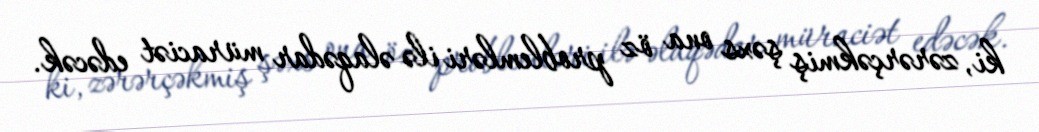
ki, zərərçəkmiş şəxs ona öz problemləri ilə əlaqədar müraciət edəcək.